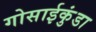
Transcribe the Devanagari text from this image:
गोसाईकुंडा